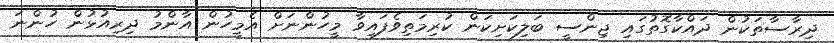
ދިރާސާތަކުން ދައްކާގޮތުގައި ޖިންސީ ބަލިކަށިކަން ކުރިމަތިވެފައިވާ މީހުންނަށް އެމީހުން އާންމު ދިރިއުޅުން ހުންނަ